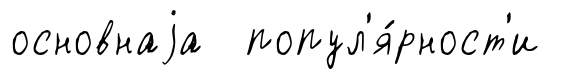
основнаjа попул'я́рност'и